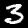
Label: 3